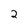
Character: 2